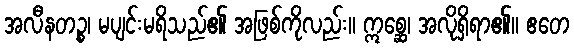
အလီနတဉ္စ၊ မပျင်းမရိသည်၏ အဖြစ်ကိုလည်း။ ဣစ္ဆေ၊ အလိုရှိရာ၏။ ဧတေ